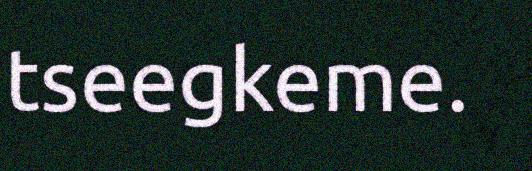
tseegkeme.